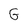
Character: G